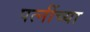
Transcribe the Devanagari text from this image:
पत्नींच्या